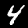
Label: 4